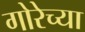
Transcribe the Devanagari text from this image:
गोरेच्या